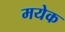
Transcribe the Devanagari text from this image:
मयेक